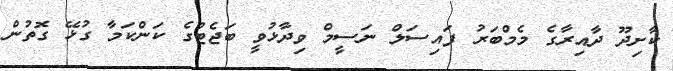
ކާށިދޫ ދާއިރާގެ މެމްބަރު ފައިސަލް ނަސީމް ވިދާޅުވީ ބަޖެޓުގެ ކަންކަމާ ގުޅޭ ގޮތުން